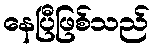
နေပြီဖြစ်သည်